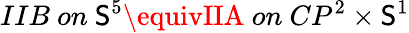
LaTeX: IIB~on~\mathsf{S}^{5}\equivIIA~on~CP^{2}\times\mathsf{S}^{1}